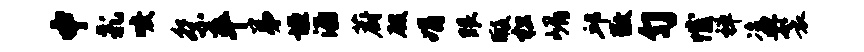
中乳唳祭卒弟垣酒蔚殷娟眼暇松嵋邱敬匀憾禅盗鬟